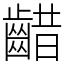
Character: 齰